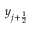
y _ { j + \frac 1 2 }